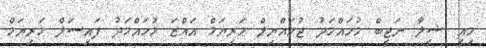
މިއީ ޝީލާ ނަޖީބް މުހައްމަދު ޖުމައްޔިލް މަރިޔަމް އައްޒަ މުހައްމަދު ފައިސަލް މަރިޔަމް